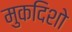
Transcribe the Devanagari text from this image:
मुकदिशो